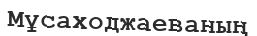
Мұсаходжаеваның